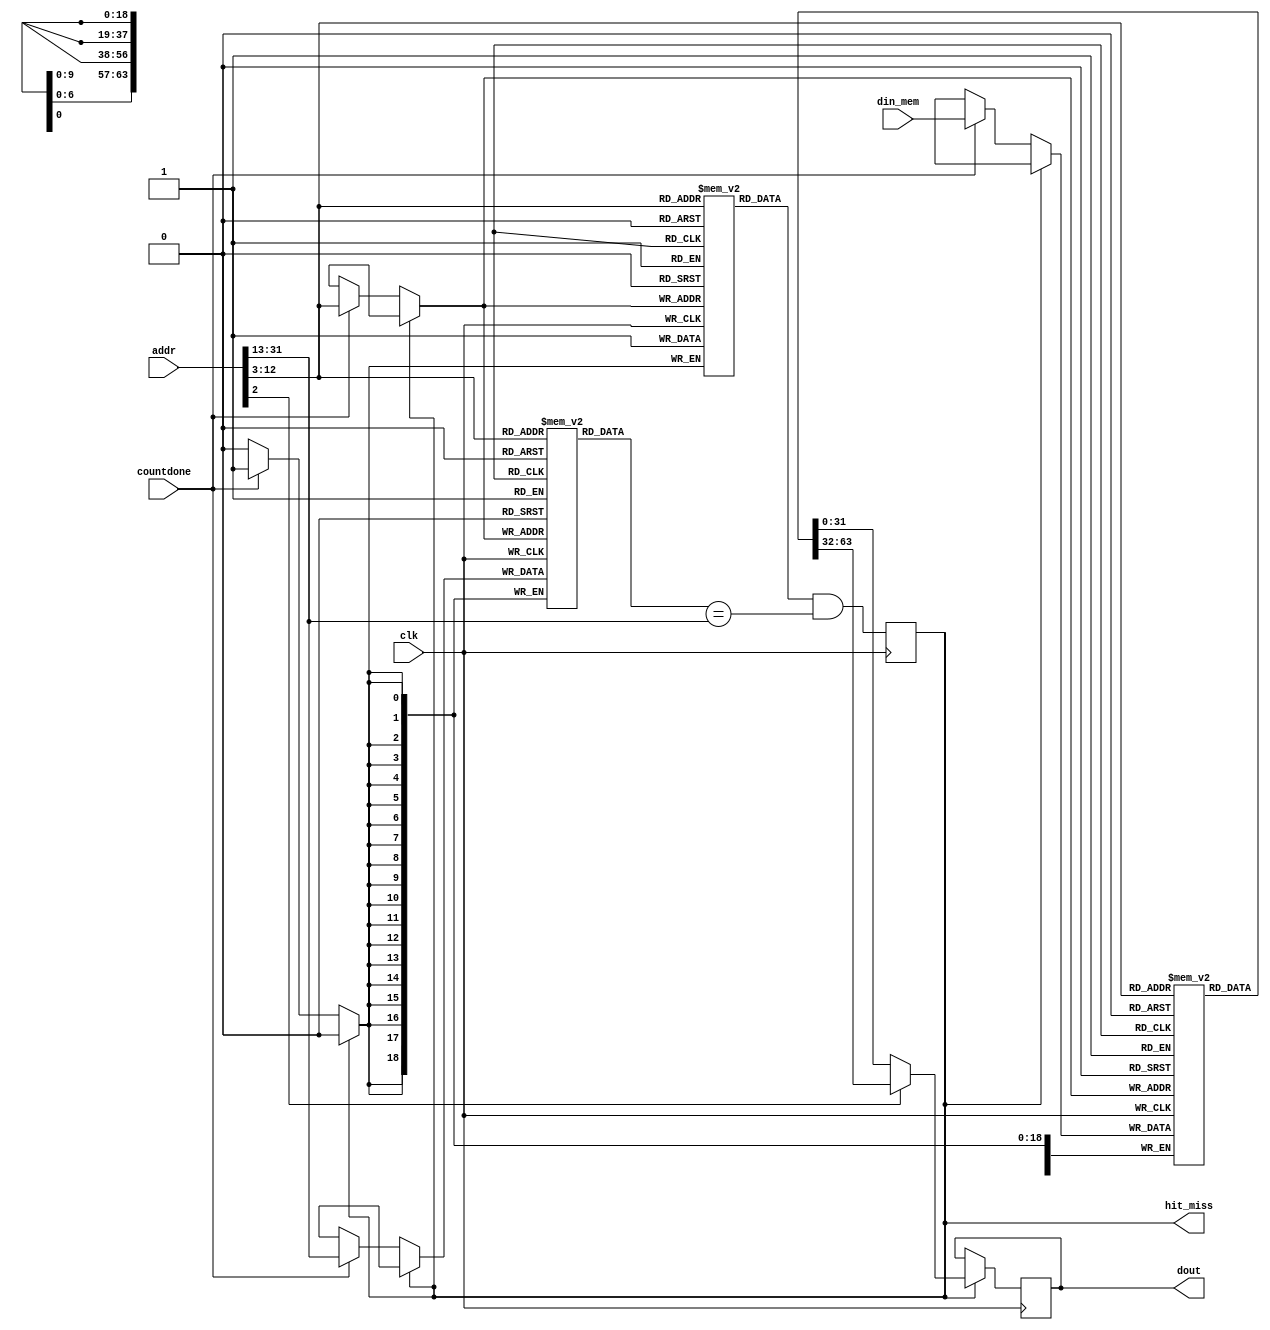
module instr_cache(input clk,
				input [31:0] addr, 
				input [63:0] din_mem,
				input countdone,
				output hit_miss,
				output [31:0] dout);

	`define TAG 31:13		// position of tag in address
	`define INDEX 12:3		// position of index in address
	`define OFFSET 2:0		// position of offset in address

	parameter SIZE = 16*1024*8;
  	parameter NWAYS = 1;
  	parameter NSETS = 1024;
  	parameter BLOCK_SIZE = 64;
  	parameter WIDTH = 32;
  	// Memory related paramter, make sure it matches memory module
  	parameter MWIDTH = 64;  // same as block size
  	// More cache related parameters
  	parameter INDEX_WIDTH = 10;
  	parameter TAG_WIDTH = 19;
  	parameter OFFSET_WIDTH = 3;

	reg	valid0 [0:NSETS-1];
	//reg	dirty0 [0:NSETS-1];
	reg [TAG_WIDTH-1:0] tag0 [0:NSETS-1];
	reg [MWIDTH-1:0] mem0 [0:NSETS-1];
	
	// WAY 1 cache data
	/*reg	valid1 [0:NSETS-1];
	//reg 	dirty1 [0:NSETS-1];
	reg [TAG_WIDTH-1:0] tag1 [0:NSETS-1];
	reg [MWIDTH-1:0] mem1 [0:NSETS-1];*/

	reg r_hit_miss;
	reg [31:0] r_dout;
	//reg lru [0:NSETS-1];

	integer k;
	initial begin
		for(k = 0; k < NSETS; k = k +1) begin //initialize values
			valid0[k] = 0;
			//valid1[k] = 0;
			//dirty0[k] = 0;
			//dirty1[k] = 0;
			//lru[k] = 0;
			tag0[k] = 15'b0;
			//tag1[k] = 15'b0;
			mem0[k] = 64'h0;
			//mem1[k] = 64'b0;
		end

		//mem0[0] = 64'hFFFFFFFF;
		//tag0[0] = 15'hFFFF;
		//valid0[0] = 1;
	end

	always@(posedge clk) begin
		r_hit_miss <= valid0[addr[`INDEX]] && (tag0[addr[`INDEX]] == addr[`TAG]);
		if(r_hit_miss) begin
			//r_dout <= (addr[`OFFSET] <= WORD1) ? mem0[addr[`INDEX]][WIDTH-1:0] : mem0[addr[`INDEX]][2*WIDTH-1:WIDTH];
			if(addr[2] == 0) begin //first word
				r_dout <= mem0[addr[`INDEX]][WIDTH-1:0];
			end
			else if (addr[2] == 1) begin //second word
				r_dout <= mem0[addr[`INDEX]][2*WIDTH-1:WIDTH];
			end
			//lru[addr[`INDEX]] <= 1;
		end
		else begin //if miss
			if(countdone) begin
				mem0[addr[`INDEX]] <= din_mem;
				valid0[addr[`INDEX]] <= 1;
				tag0[addr[`INDEX]] <= addr[`TAG];
			end
		end
	end

	assign dout = r_dout;
	assign hit_miss = r_hit_miss;
	
endmodule